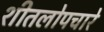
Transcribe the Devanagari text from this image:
शीतलोपचारे